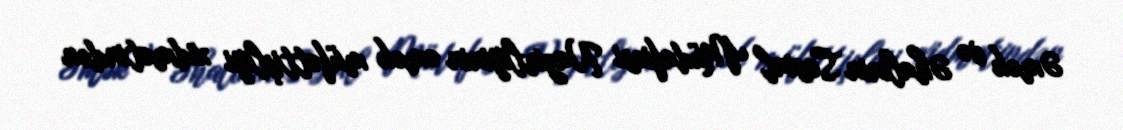
Əmək və Əhalinin Sosial Müdafiəsi Nazirliyinin əmək müfəttişliyi xidmətindən